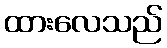
ထားလေသည်